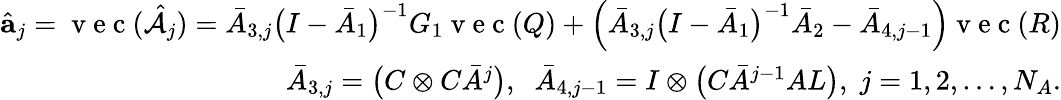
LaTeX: \begin{array}{r}{\hat{\mathbf{a}}_{j}=\mathrm{~v~e~c~}(\hat{\mathcal{A}}_{j})=\bar{A}_{3,j}\big(I-\bar{A}_{1}\big)^{-1}G_{1}\mathrm{~v~e~c~}(Q)+\Big(\bar{A}_{3,j}\big(I-\bar{A}_{1}\big)^{-1}\bar{A}_{2}-\bar{A}_{4,j-1}\Big)\mathrm{~v~e~c~}(R)}\\ {\bar{A}_{3,j}=\big(C\otimes C\bar{A}^{j}\big),\; \; \bar{A}_{4,j-1}=I\otimes\big(C\bar{A}^{j-1}AL\big),\; j=1,2,\ldots,N_{A}.}\end{array}